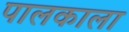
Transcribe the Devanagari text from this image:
पालकाला